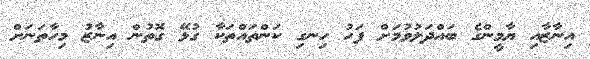
އިނާޒާއި ޔާމީންގެ ބައްދަލުވުމަށް ފަހު ހިނގި ކަންތައްތަކާ ގުޅޭ ގޮތުން އިނާޒު މިހާތަނަށް